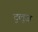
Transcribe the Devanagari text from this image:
टुलूज़